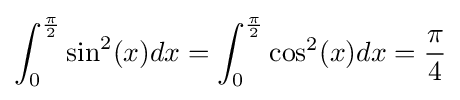
\int _{0}^{\frac {\pi }{2}}\sin ^{2}(x)dx=\int _{0}^{\frac {\pi }{2}}\cos ^{2}(x)dx={\frac {\pi }{4}}